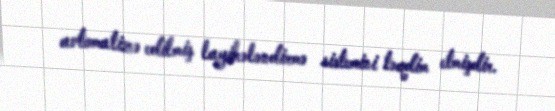
avtomatizə edilmiş layihələndirmə sistemini təqdim etmişdir.